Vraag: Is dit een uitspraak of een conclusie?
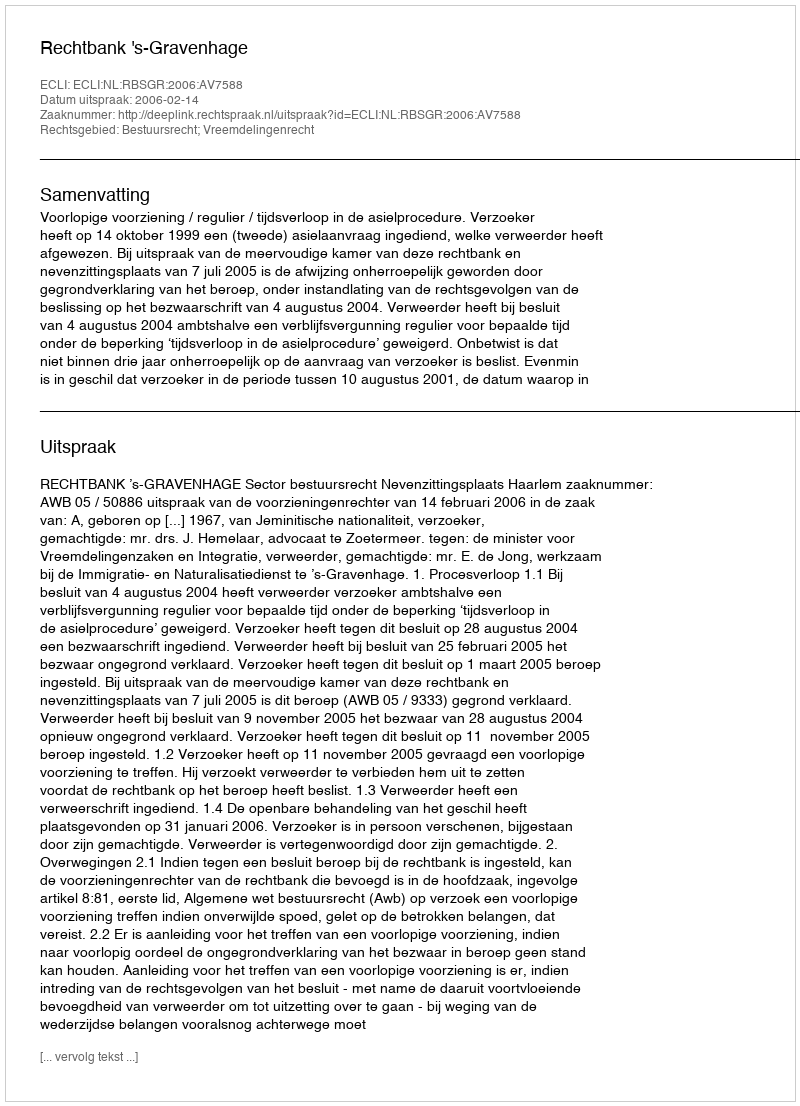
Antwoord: Uitspraak